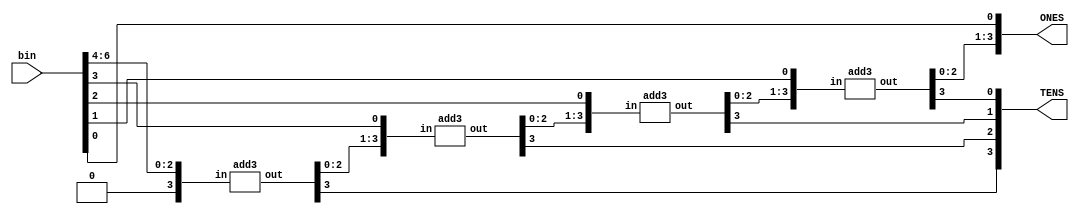
module bin2bcd7(
input [6:0] bin,
output [3:0] ONES, TENS
);
wire [3:0] c1,c2,c3,c4;
wire [3:0] d1,d2,d3,d4;

assign d1 = {1'b0,bin[6:4]};
assign d2 = {c1[2:0],bin[3]};
assign d3 = {c2[2:0],bin[2]};
assign d4 = {c3[2:0],bin[1]};
add3 m1(d1,c1);
add3 m2(d2,c2);
add3 m3(d3,c3);
add3 m4(d4,c4);
assign ONES = {c4[2:0],bin[0]};
assign TENS = {c1[3],c2[3],c3[3],c4[3]};
endmodule

module add3(
input [3:0] in,
output reg [3:0] out
);
always @ (*)
    if(in>4) out = in + 4'b0011;
    else out = in;
endmodule